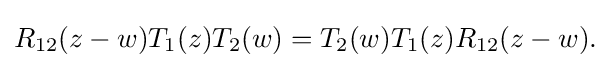
\displaystyle {R_{12}(z-w)T_{1}(z)T_{2}(w)=T_{2}(w)T_{1}(z)R_{12}(z-w).}